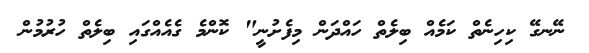
ނޭނގޭ ކިހިނެތް ކަމެއް ބިލެތް ހައްދަން މިފެށުނީ" ކޮންމެ ގެއެއްގައި ބިލެތް ހުރުމުން